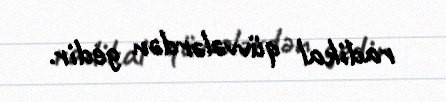
radikal qüvvələrdən gedir.